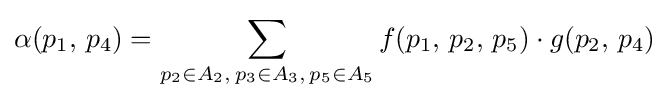
\alpha (p_{1},\,p_{4})=\displaystyle \sum \limits _{p_{2}\in A_{2},\,p_{3}\in A_{3},\,p_{5}\in A_{5}}f(p_{1},\,p_{2},\,p_{5})\cdot g(p_{2},\,p_{4})